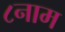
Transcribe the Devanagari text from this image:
८नाम